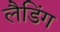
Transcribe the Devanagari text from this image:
लैडिंग